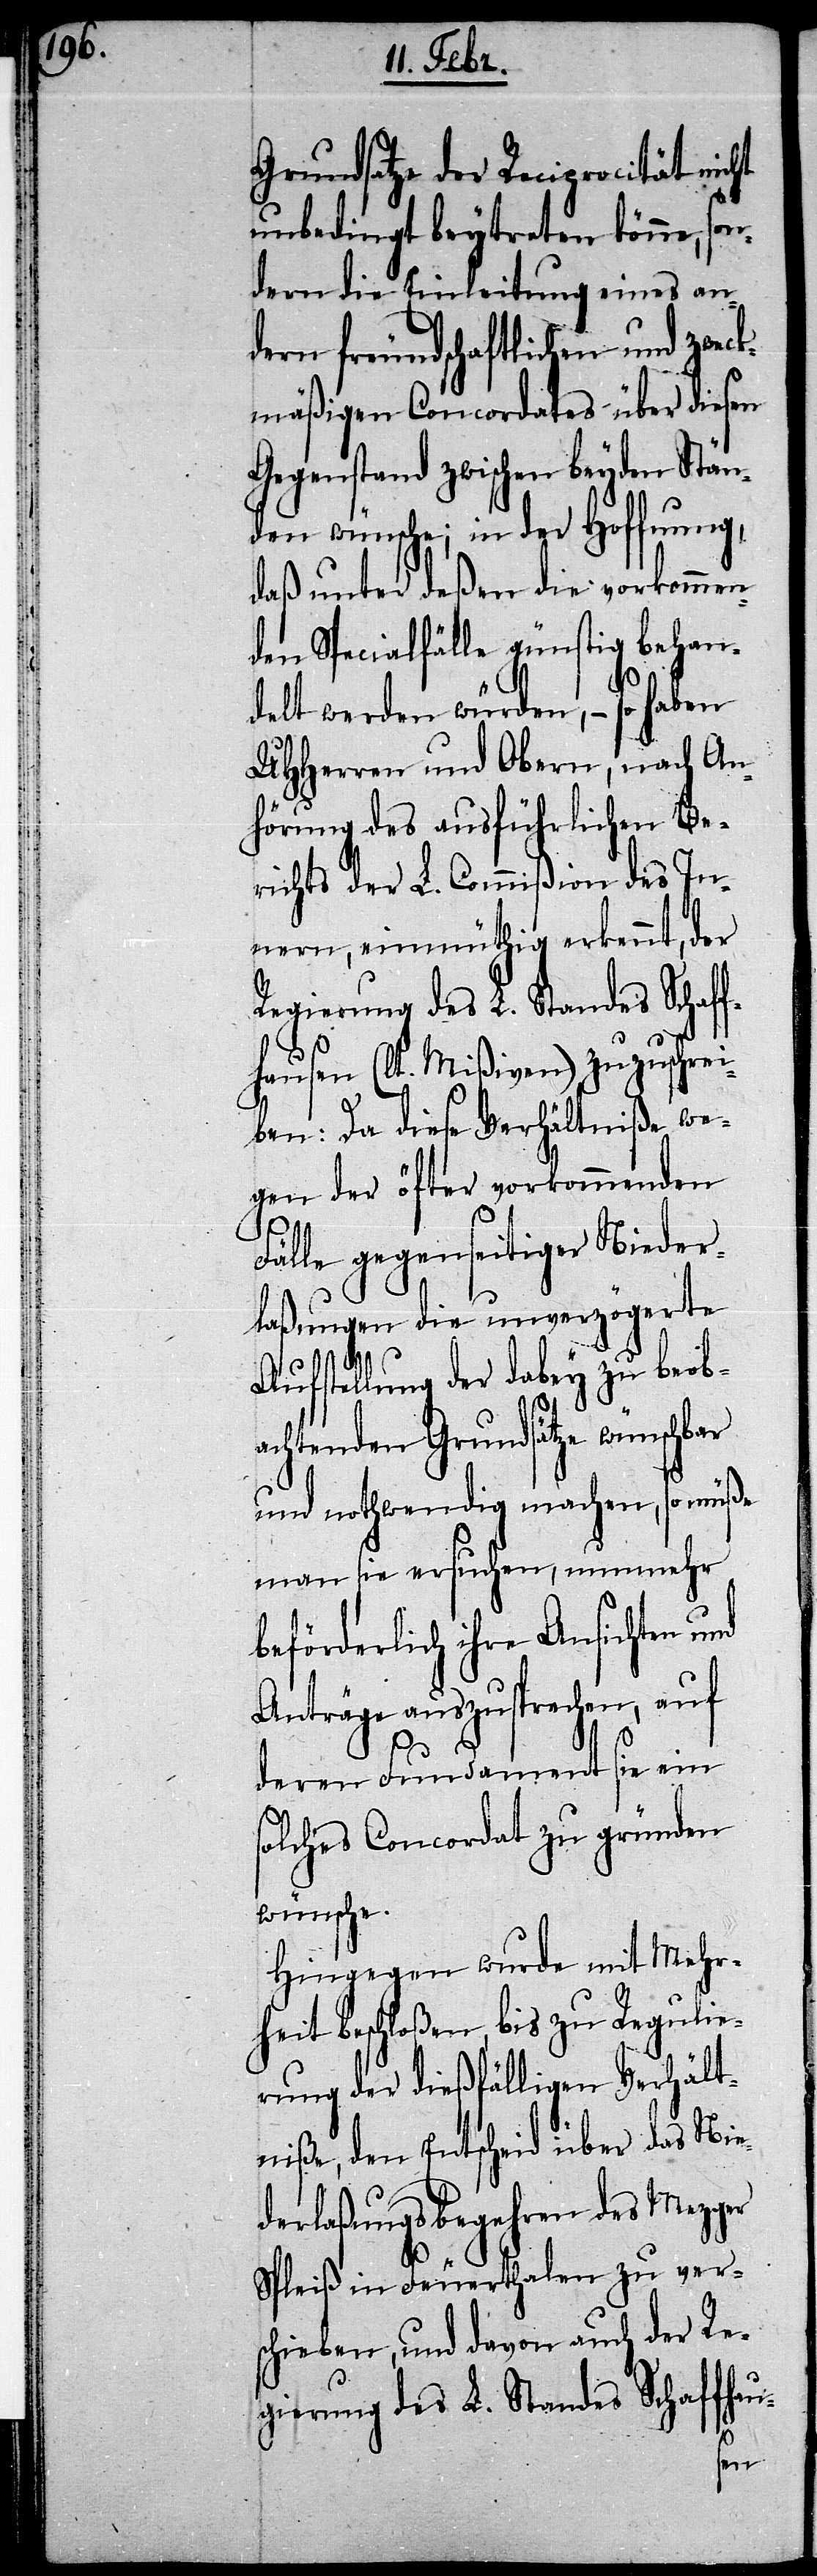
Grundsatze der Reciprocität nicht
unbedingt beytreten könne, son¬
dern die Einleitung eines an¬
dern freundschaftlichen und zweck¬
mäßigen Concordates über diesen
Gegenstand zwischen beyden Stän¬
den wünsche; in der Hoffnung,
daß unter deßen die vorkommen¬
den Specialfälle günstig behan¬
delt werden würden, – so haben
UHHerren und Obern, nach An¬
hörung des ausführlichen Be¬
richts der L. Commißion des In¬
nern, einmüthig erkennt, der
Regierung des L. Standes Schaf¬
fhausen (lt. Mißiven) zuzuschre¬
iben: Da diese Verhältniße we¬
gen der öfter vorkommenden
Fälle gegenseitiger Nieder¬
laßungen die unverzögerte
Aufstellung der dabey zu beob¬
achtenden Grundsätze wünschbar
und nothwendig machen, so müße
man sie ersuchen, nunmehr
beförderlich ihre Ansichten und
Anträge auszusprechen, auf
deren Fundament sie ein
solches Concordat zu gründen
wünsche.
Hingegen wurde mit Mehr¬
heit beschloßen, bis zu Regulie¬
rung der dießfälligen Verhält¬
niße, den Entscheid über das Nie¬
derlaßungsbegehren des Mezger
Spleiß in Feuerthalen zu ver¬
schieben, und davon auch der Re¬
gierung des L. Standes Schaffhau-